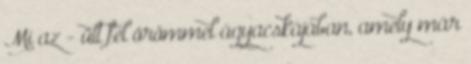
Mi az - ült fel örömmel ágyacskájában, amely már